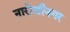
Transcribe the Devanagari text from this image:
नारोजीनगर